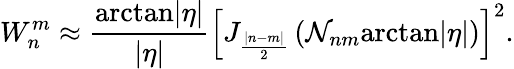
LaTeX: W_{n}^{m}\approx\frac{\mathrm{arctan}|\eta|}{|\eta|}\left[J_{\frac{|n-m|}2}\left({\cal N}_{nm}\mathrm{arctan}|\eta|\right)\right]^{2}.